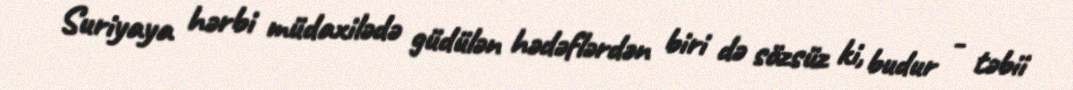
Suriyaya hərbi müdaxilədə güdülən hədəflərdən biri də sözsüz ki, budur - təbii